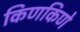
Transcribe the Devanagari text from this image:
किणकिणे